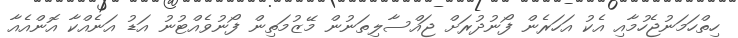
ހިތްހަމަނުޖެހުމާއި އެކު އަހަރެން ފޯނުދުރަށް ޖައްސާލިތަނުން މޭޒުމަތިން ފޯނުވެއްޓުނު އަޑު އަނެއްކާ އޮންއެއާ